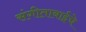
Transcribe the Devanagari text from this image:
संगीताबाईंचे